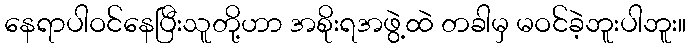
နေရာပါဝင်နေပြီးသူတို့ဟာ အစိုးရအဖွဲ့ထဲ တခါမှ မဝင်ခဲ့ဘူးပါဘူး။